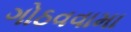
ગોઠવવામા